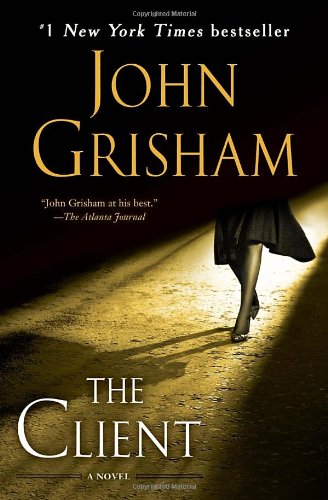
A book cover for The Client; John Grisham; Mystery, Thriller & Suspense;